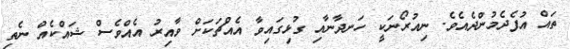
ތައް އުފެދެމުންދެއެވެ. ނިއުރޯނަކީ ހަނދާނާއި ގުޅިގައިވާ އެއްޗަކަށް ވާއިރު އެއްވެސް ޝައްކެއް ނެތި